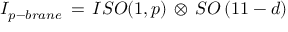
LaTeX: { \cal I } _ { p - b r a n e } \, = \, I S O ( 1 , p ) \, \otimes \, S O \left( 1 1 - d \right)